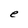
Character: e